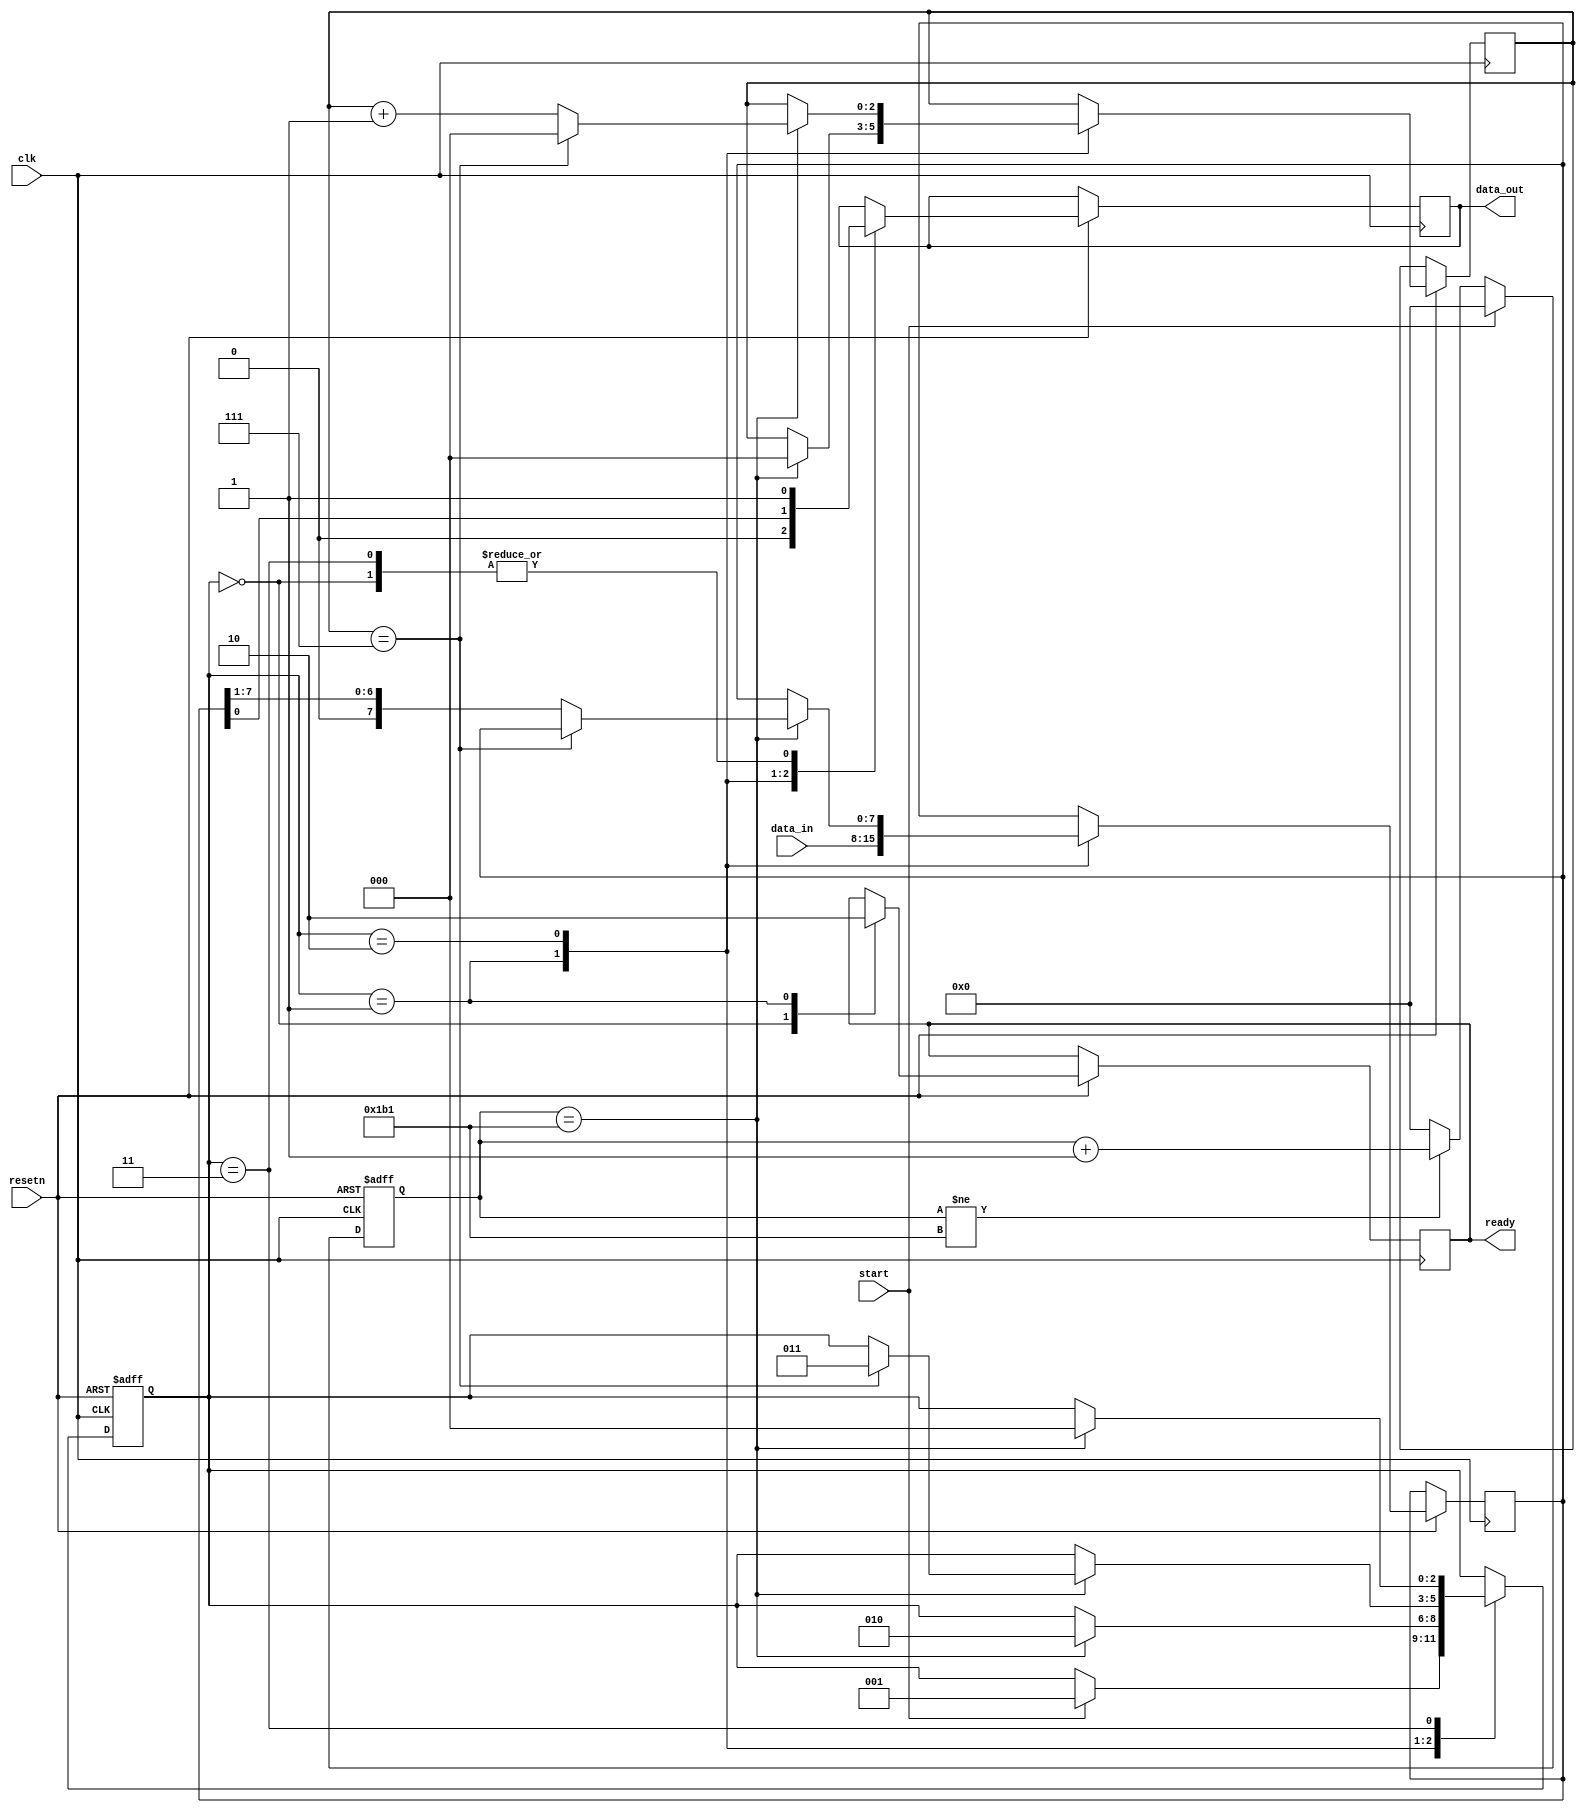
module UART_tx ( start , clk , resetn , data_in , data_out , ready );
	
	parameter BAUDRATE_GEN = 10'd433; 		//suppose clk is 100 MHz => 100MHz/868 = 115207 (error = 0.006% )
	
	parameter idle_state = 2'b00 ,
			  start_state = 2'b01 ,
			  transmit_state = 2'b10 ,
			  stop_state = 2'b11 ;
	
	input start, clk , resetn;
	input [7:0]data_in;
	output reg data_out, ready ;
	
	
	reg [9:0]counter;
	reg [2:0]bit_counter;
	reg [7:0]data_in_d;
	reg [2:0]CS;

	wire send;

	always @(posedge clk , negedge resetn )
		begin
			if( resetn == 0 )
				begin
					counter <= 10'h0;
				end
			else if( start == 1 )
					counter <= 10'h0;
			else if( counter != BAUDRATE_GEN )
					counter <= counter + 10'h1;
				else
					counter <= 10'h0;
		end
	
	assign send = ( counter == BAUDRATE_GEN );
		
	always @( posedge clk , negedge resetn )
		begin
			if( resetn == 0 )
				CS <= idle_state;
			else
				case( CS )
					idle_state : 
						begin	
							data_out <= 1'b1;
							ready <= 1'b1;
							if( start == 1 )
								CS <= start_state;
						end
					start_state :
						begin	
							data_out <= 1'b0 ;
							ready <= 1'b0;
							data_in_d <= data_in;
							if( send == 1 )
								begin
									CS <= transmit_state;
									bit_counter <= 3'b000;
								end
						end
					transmit_state :
						begin	
							data_out <= data_in_d[0];
							if( send == 1 )
								begin
									if( bit_counter == 3'd7 )
										begin
											CS <= stop_state;
											bit_counter <= 3'b0;
										end
									else
										begin	
											bit_counter <= bit_counter + 3'b001;
											data_in_d <= {1'b0,data_in_d[7:1]};
										end
								end
							
						end
					stop_state :
						begin
							data_out <= 1'b1;
							if( send == 1 )
									CS <= idle_state;
						
						end	
				endcase
							
		end
		
	
	
	
endmodule